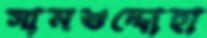
সামশুদ্দোহা